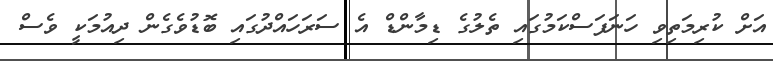
އަށް ކުރިމަތިވި ހަނަފަސްކަމުގައި ތެލުގެ ޑިމާންޑް އެ ސަރަހައްދުގައި ބޮޑުވެގެން ދިއުމަކީ ވެސް